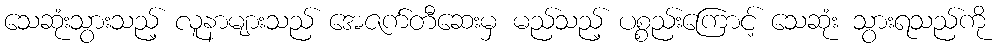
သေဆုံးသွားသည့် လူနာများသည် အေဇက်တီဆေးမှ မည်သည့် ပစ္စည်းကြောင့် သေဆုံး သွားရသည်ကို